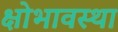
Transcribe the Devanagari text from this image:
क्षोभावस्था